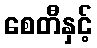
စေတီနှင့်